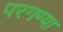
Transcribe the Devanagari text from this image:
परगण्या